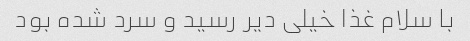
با سلام غذا خیلی دیر رسید و سرد شده بود